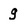
Character: g